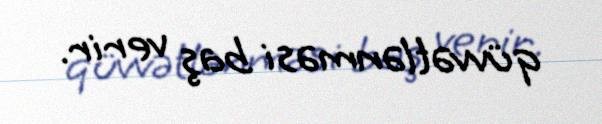
qüvvətlənməsi baş verir.